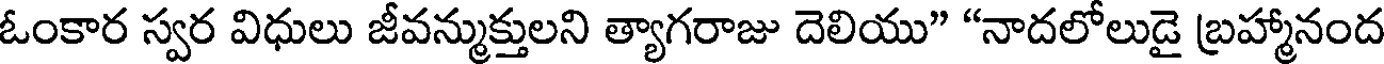
ఓంకార స్వర విధులు జీవన్ముక్తులని త్యాగరాజు దెలియు" "నాదలోలుడై బ్రహ్మానంద